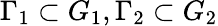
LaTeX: \Gamma_{1}\subset G_{1},\Gamma_{2}\subset G_{2}